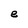
Character: e